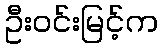
ဦးဝင်းမြင့်က